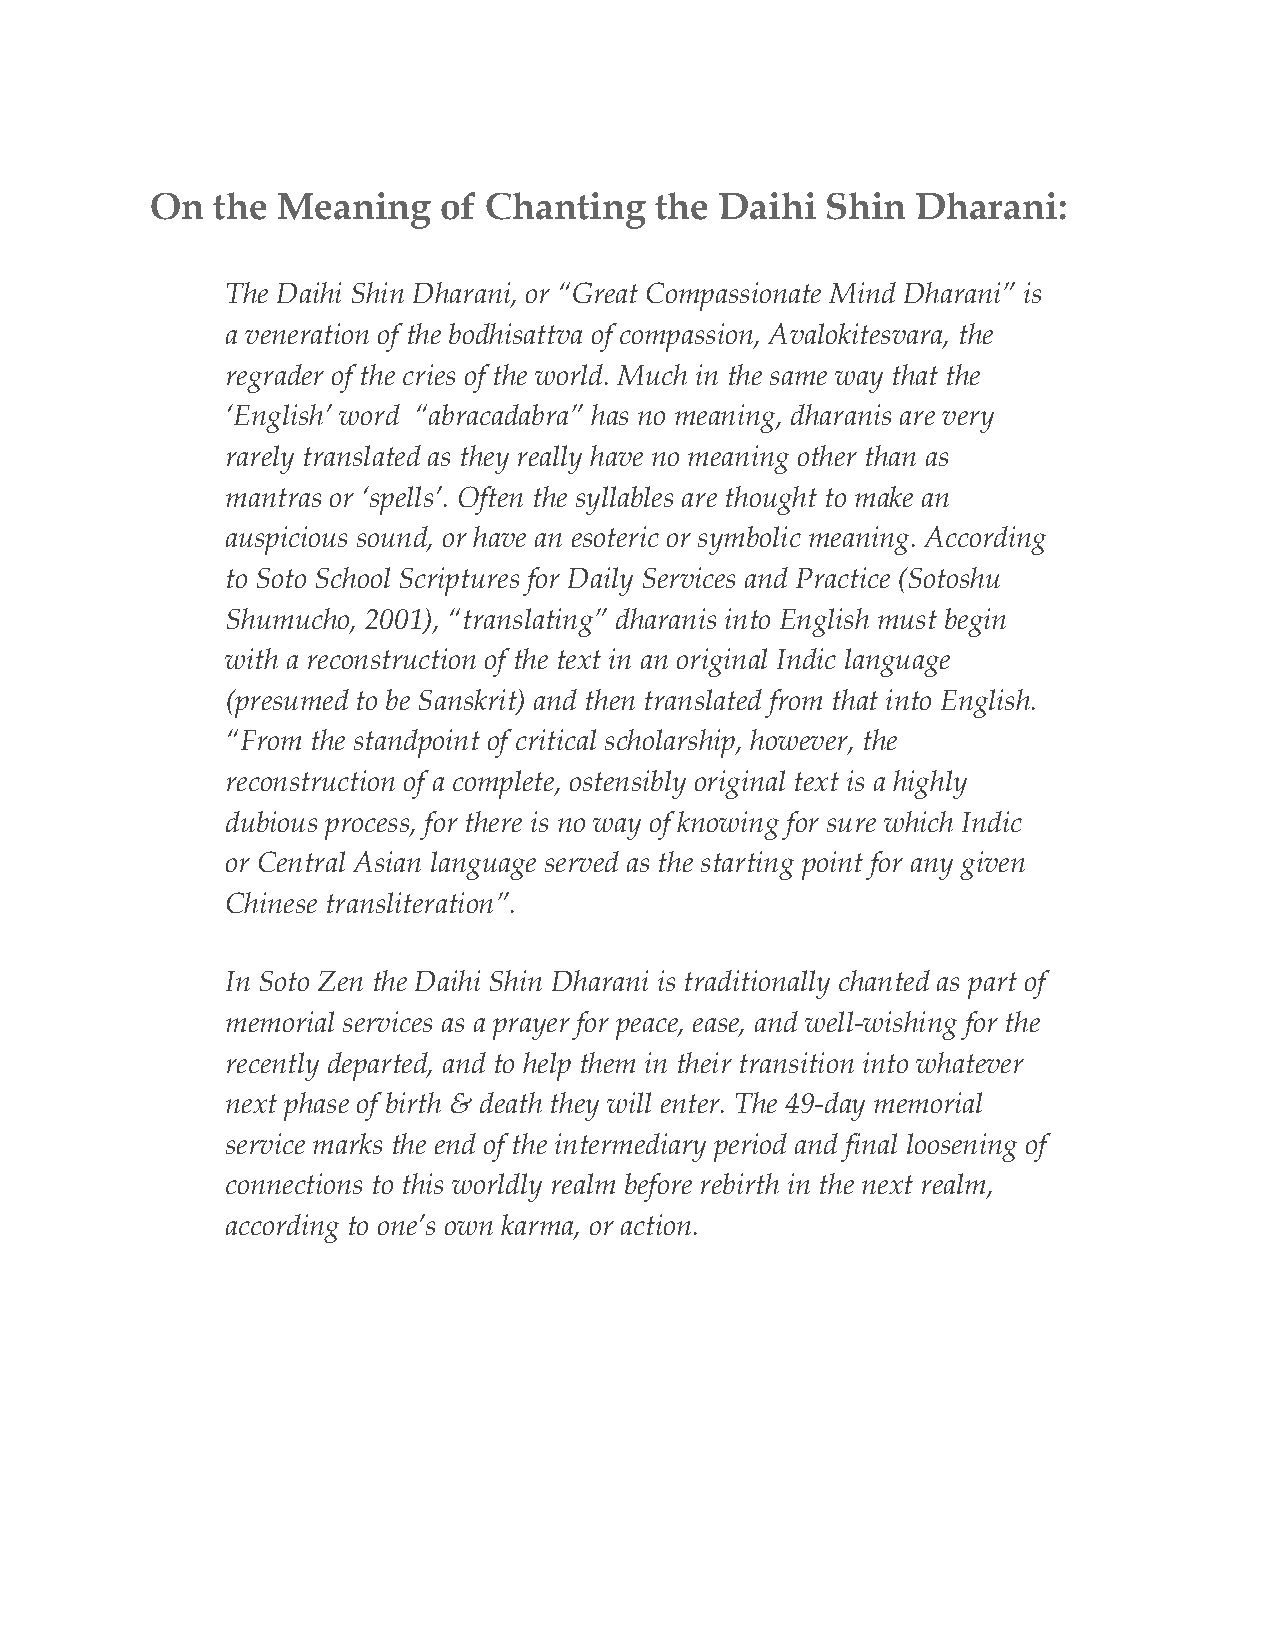
On  the Meaning    of Chanting   the  Daihi  Shin  Dharani:
 The Daihi Shin Dharani, or “Great Compassionate Mind Dharani” is
 a veneration of the bodhisattva of compassion, Avalokitesvara, the
 regrader of the cries of the world. Much in the same way that the
 ‘English’ word “abracadabra” has no meaning, dharanis are very
 rarely translated as they really have no meaning other than as
 ​
 mantras or ‘spells’. Often the syllables are thought to make an
 ​
 auspicious sound, or have an esoteric or symbolic meaning. According
 to Soto School Scriptures for Daily Services and Practice (Sotoshu
 Shumucho, 2001), “translating” dharanis into English must begin
 with a reconstruction of the text in an original Indic language
 (presumed to be Sanskrit) and then translated from that into English.
 “From the standpoint of critical scholarship, however, the
 reconstruction of a complete, ostensibly original text is a highly
 dubious process, for there is no way of knowing for sure which Indic
 or Central Asian language served as the starting point for any given
 Chinese transliteration”.
 In Soto Zen the Daihi Shin Dharani is traditionally chanted as part of
 memorial services as a prayer for peace, ease, and well-wishing for the
 recently departed, and to help them in their transition into whatever
 next phase of birth & death they will enter. The 49-day memorial
 service marks the end of the intermediary period and final loosening of
 connections to this worldly realm before rebirth in the next realm,
 according to one’s own karma, or action.